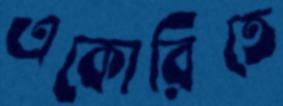
একোরিতে